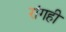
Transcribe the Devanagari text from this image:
रांगही